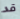
قد